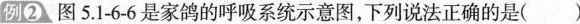
例②_图5.1-6-6是家鸽的呼吸系统示意图，下列说法正确的是( )A